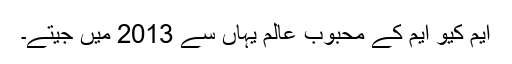
ایم کیو ایم کے محبوب عالم یہاں سے 2013 میں جیتے۔